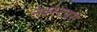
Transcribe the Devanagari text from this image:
नेक्स्टवंस